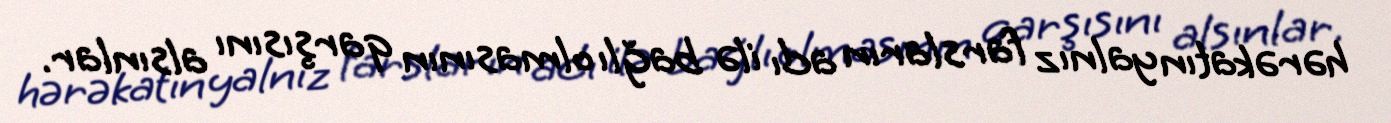
hərəkatın yalnız farsların adı ilə bağlı olmasının qarşısını alsınlar.